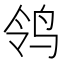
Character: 鸰